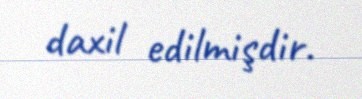
daxil edilmişdir.